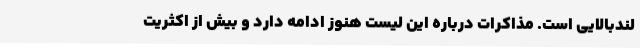
لندبالایی است. مذاکرات درباره این لیست هنوز ادامه دارد و بیش از اکثریت